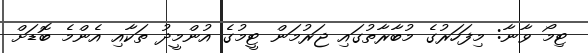
ޓިމޯ ވާނާ: މިފަހަރުގެ މުބާރާތުގައި ޖަރުމަން ޓީމުގެ އުންމީދު ތަކާއި އެންމެ ބޮޑަށް